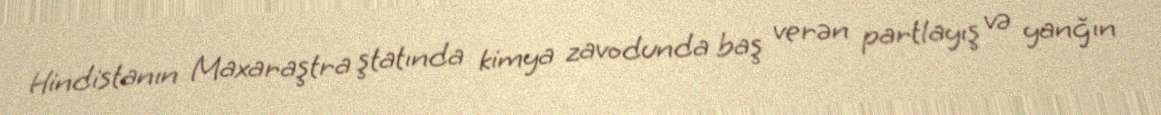
Hindistanın Maxaraştra ştatında kimya zavodunda baş verən partlayış və yanğın